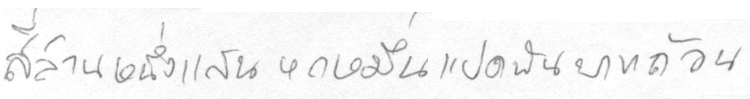
สี่ล้านหนึ่งแสนหกหมื่นแปดพันบาทถ้วน